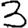
Digit: 3